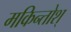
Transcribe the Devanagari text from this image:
मकिन्तोश्